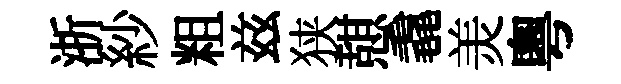
浙紗粗兹狭憇毳羙粵